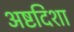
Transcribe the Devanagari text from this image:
अष्टदिशा